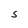
Character: s